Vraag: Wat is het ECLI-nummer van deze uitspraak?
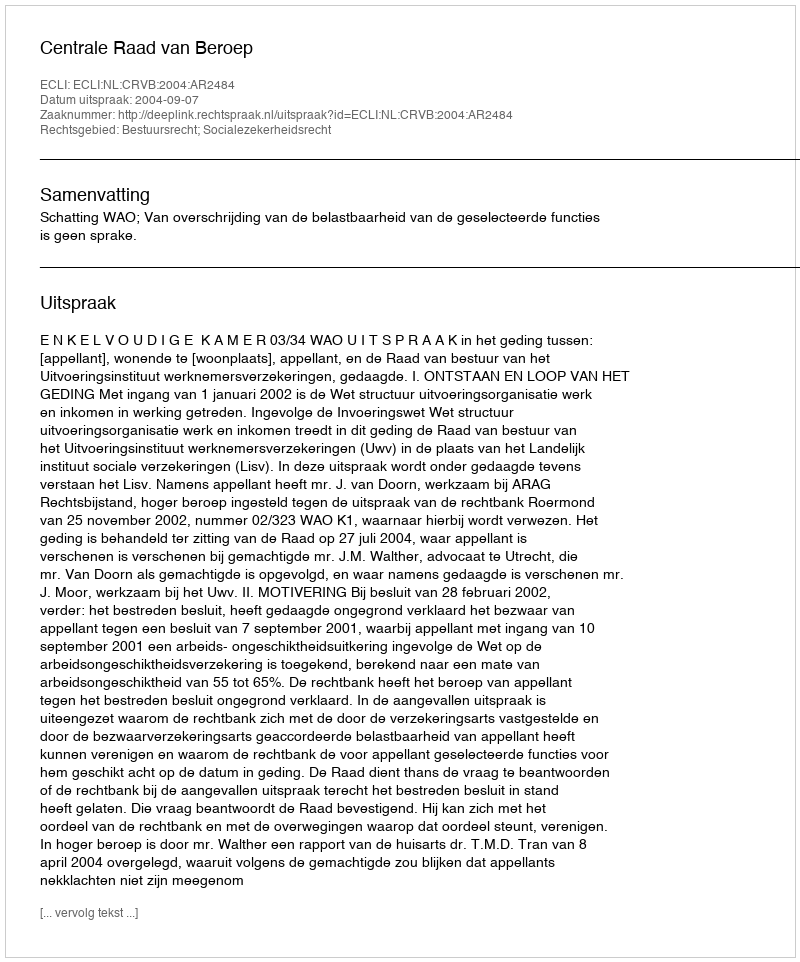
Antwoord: ECLI:NL:CRVB:2004:AR2484